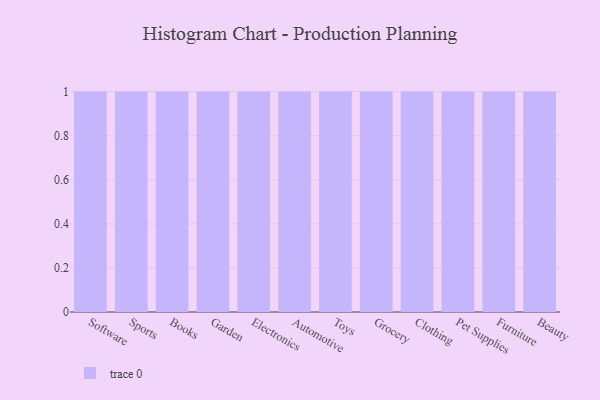
{"axis": {"x": "Category", "y": "Active Users"}, "legend": [""], "data": [{"x": "Software", "y": 47, "type": ""}, {"x": "Sports", "y": 46, "type": ""}, {"x": "Books", "y": 92, "type": ""}, {"x": "Garden", "y": 1, "type": ""}, {"x": "Electronics", "y": 42, "type": ""}, {"x": "Automotive", "y": 93, "type": ""}, {"x": "Toys", "y": 72, "type": ""}, {"x": "Grocery", "y": 97, "type": ""}, {"x": "Clothing", "y": 65, "type": ""}, {"x": "Pet Supplies", "y": 63, "type": ""}, {"x": "Furniture", "y": 21, "type": ""}, {"x": "Beauty", "y": 92, "type": ""}]}